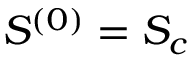
S ^ { ( 0 ) } = S _ { c }